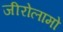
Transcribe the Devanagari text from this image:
जीरोलामो